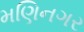
મણિનગર